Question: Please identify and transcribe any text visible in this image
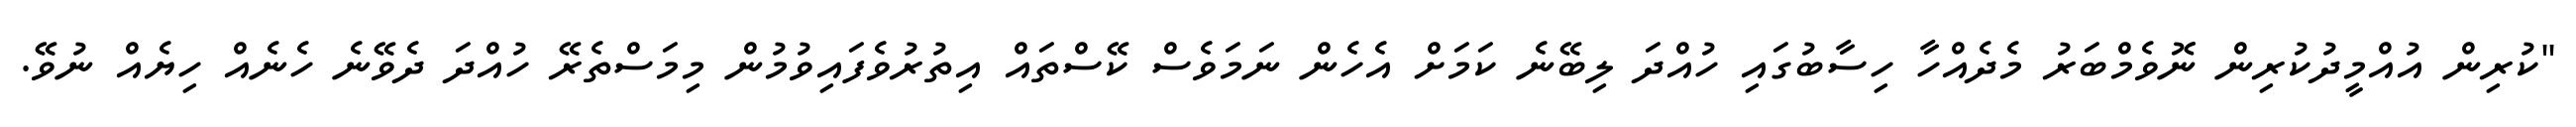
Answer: "ކުރިން އުއްމީދުކުރިން ނޮވެމްބަރު މެދެއްހާ ހިސާބުގައި ހުއްދަ ލިބޭނެ ކަމަށް އެހެން ނަމަވެސް ކޭސްތައް އިތުރުވެފައިވުމުން މިމަސްތެރޭ ހުއްދަ ދެވޭނެ ހެނެއް ހިޔެއް ނުވޭ.